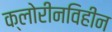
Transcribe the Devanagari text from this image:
क्लोरीनविहीन